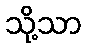
သို့သာ